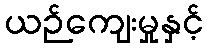
ယဉ်ကျေးမှုနှင့်